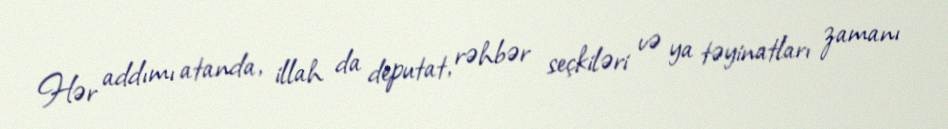
Hər addımı atanda, illah da deputat, rəhbər seçkiləri və ya təyinatları zamanı